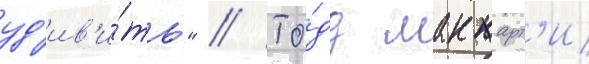
уд'ив'и́ть" // То́дд маккарт'и